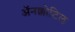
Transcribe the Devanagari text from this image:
अॅनक्कोटिल